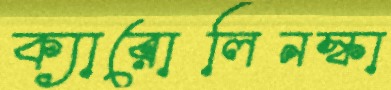
ক্যারোলিনস্কা